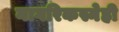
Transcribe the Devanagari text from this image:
नागरिकस्नेही